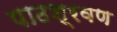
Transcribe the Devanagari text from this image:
पाठश्रवण